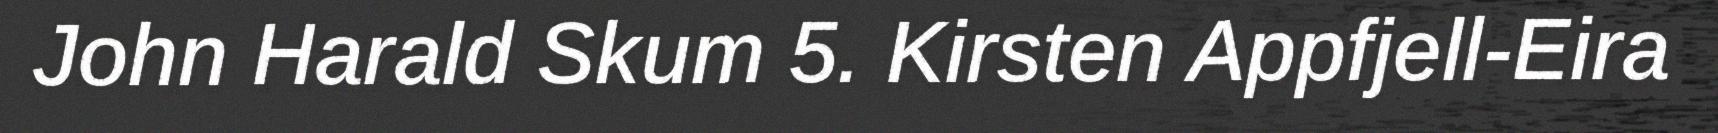
John Harald Skum 5. Kirsten Appfjell-Eira